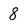
Character: 8